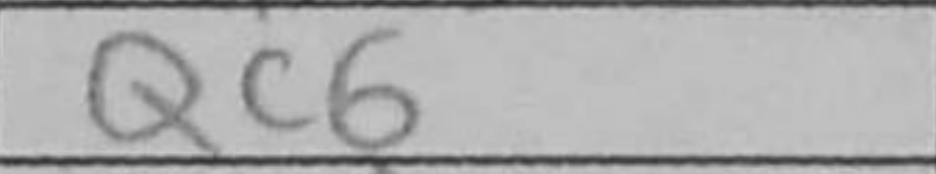
Transcription: Qc6